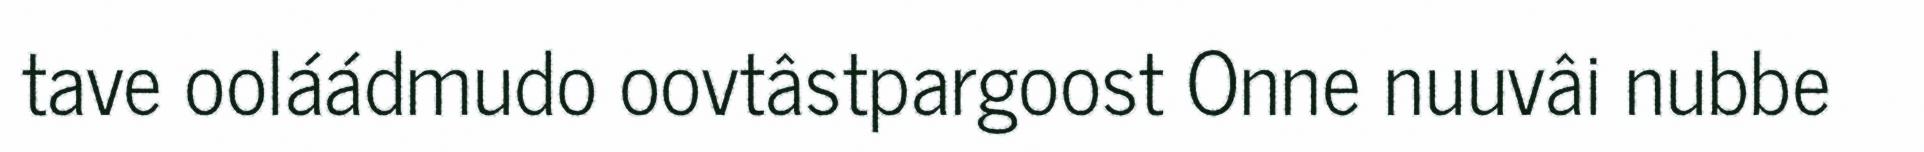
tave ooláádmudo oovtâstpargoost Onne nuuvâi nubbe